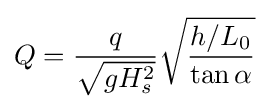
Q={\frac {q}{\sqrt {gH_{s}^{2}}}}{\sqrt {\frac {h/L_{0}}{\tan \alpha }}}